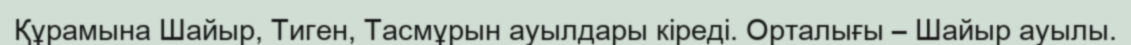
Құрамына Шайыр, Тиген, Тасмұрын ауылдары кіреді. Орталығы – Шайыр ауылы.